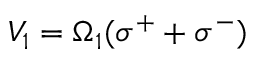
V _ { 1 } = \Omega _ { 1 } ( \sigma ^ { + } + \sigma ^ { - } )